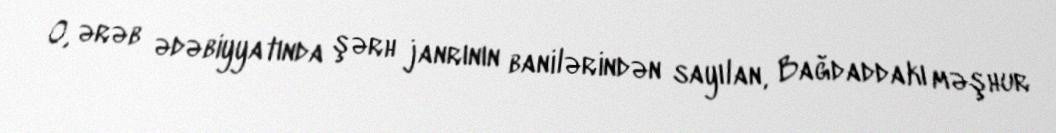
O, ərəb ədəbiyyatında şərh janrının banilərindən sayılan, Bağdaddakı məşhur